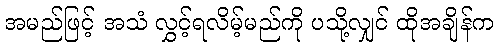
အမည်ဖြင့် အသံ လွှင့်ရလိမ့်မည်ကို ပသို့လျှင် ထိုအချိန်က